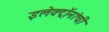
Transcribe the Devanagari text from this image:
इलेक्ट्रॉनांची